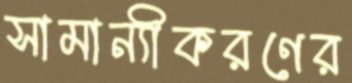
সামান্যীকরণের